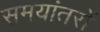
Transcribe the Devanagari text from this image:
समयांतरों